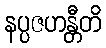
နပ္ပဇဟန္တီတိ